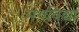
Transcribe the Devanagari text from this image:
मंथविद्या